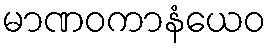
မာဏဝကာနံယေဝ